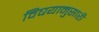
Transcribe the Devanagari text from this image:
विषयानुसारी